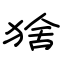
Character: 猞